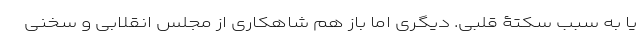
یا به سبب سکتۀ قلبی. دیگری اما باز هم شاهکاری از مجلس انقلابی و سخنی